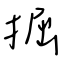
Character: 掘